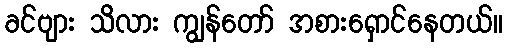
ခင်ဗျား သိလား ကျွန်တော် အစားရှောင်နေတယ်။